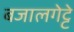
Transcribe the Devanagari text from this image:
बजालगेट्टे